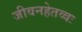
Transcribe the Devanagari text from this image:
जीवनहेतव्वः